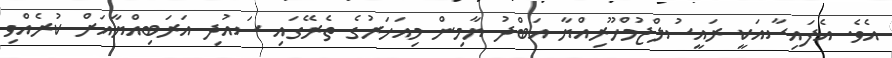
އެވެ. އެފައިސާއަކީ ރައީސުލްޖުމްހޫރިއްޔާ އަބްދު ޔާމިން މިއަހަރުގެ ތެރޭގައި ސައުދި އަރަބިއްޔާއަށް ކުރެއްވި